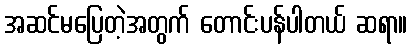
အဆင်မပြေတဲ့အတွက် တောင်းပန်ပါတယ် ဆရာ။